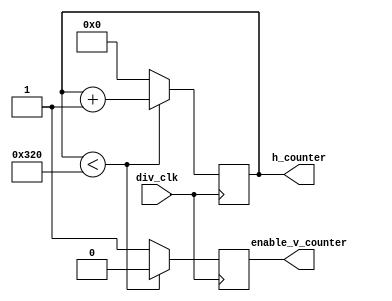
module horizontal_counter(div_clk, h_counter, enable_v_counter);
    input div_clk;
    output reg [10:0] h_counter;
    output reg enable_v_counter;

    always@(posedge div_clk)
    begin
        if(h_counter < 800)
        begin
            h_counter <= h_counter + 1;
            enable_v_counter <= 0;
        end
        else
        begin
            h_counter <= 0;
            enable_v_counter <= 1;
        end
    end
endmodule